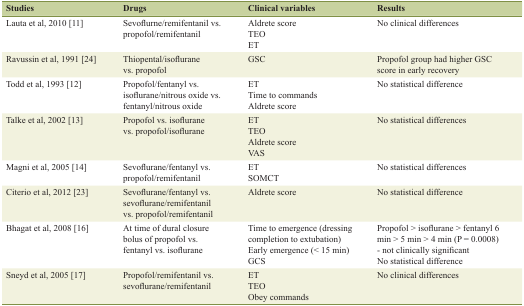
| Studies | Drugs | Clinical variables | Results |
 | --- | --- | --- | --- |
 | Lauta et al, 2010 [11] | Sevoflurne/remifentanil vs. propofol/remifentanil | Aldrete scoreTEOET | No clinical differences |
 | Ravussin et al, 1991 [24] | Thiopental/isoflurane vs. propofol | GSC | Propofol group had higher GSC score in early recovery |
 | Todd et al, 1993 [12] | Propofol/fentanyl vs. isoflurane/nitrous oxide vs. fentanyl/nitrous oxide | ETTime to commandsAldrete score | No statistical difference |
 | Talke et al, 2002 [13] | Propofol vs. isoflurane vs. propofol/isoflurane | ETTEOAldrete scoreVAS | No statistical differences |
 | Magni et al, 2005 [14] | Sevoflurane/fentanyl vs. propofol/remifentanil | ETSOMCT | No statistical differences |
 | Citerio et al, 2012 [23] | Sevoflurane/fentanyl vs. sevoflurane/remifentanil vs. propofol/remifentanil | Aldrete score | No statistical difference |
 | Bhagat et al, 2008 [16] | At time of dural closure bolus of propofol vs. fentanyl vs. isoflurane | Time to emergence (dressing completion to extubation)Early emergence (< 15 min)GCS | Propofol > isoflurane > fentanyl 6 min > 5 min > 4 min (P = 0.0008) - not clinically significantNo statistical difference |
 | Sneyd et al, 2005 [17] | Propofol/remifentanil vs. sevoflurane/remifentanil | ETTEOObey commands | No clinical differences |